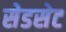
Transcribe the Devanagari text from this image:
सेडसेट